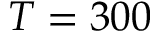
T = 3 0 0